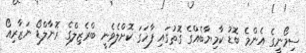
ސިމޯނީގެ އެންމެ ބޮޑު ކާމިޔާބެއްގެ ގޮތުގައި ފާހަގަ ކޮށްލެވެނީ ބްރެޒިލްގެ ރޮނާލްޑޯ ނަޒާރިއޯ